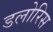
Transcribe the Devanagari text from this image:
डलोरिस